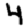
Digit: 4